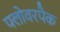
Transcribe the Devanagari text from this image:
फ्लोवरपैक